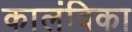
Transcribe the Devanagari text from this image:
कालंबिका